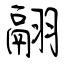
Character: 翮